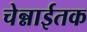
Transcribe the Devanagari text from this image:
चेन्नाईतक